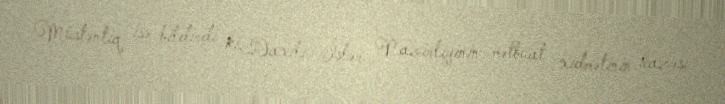
Müstəntiq isə bildirdi ki, Daxili İşlər Nazirliyinin mətbuat xidmətinin icazəsi